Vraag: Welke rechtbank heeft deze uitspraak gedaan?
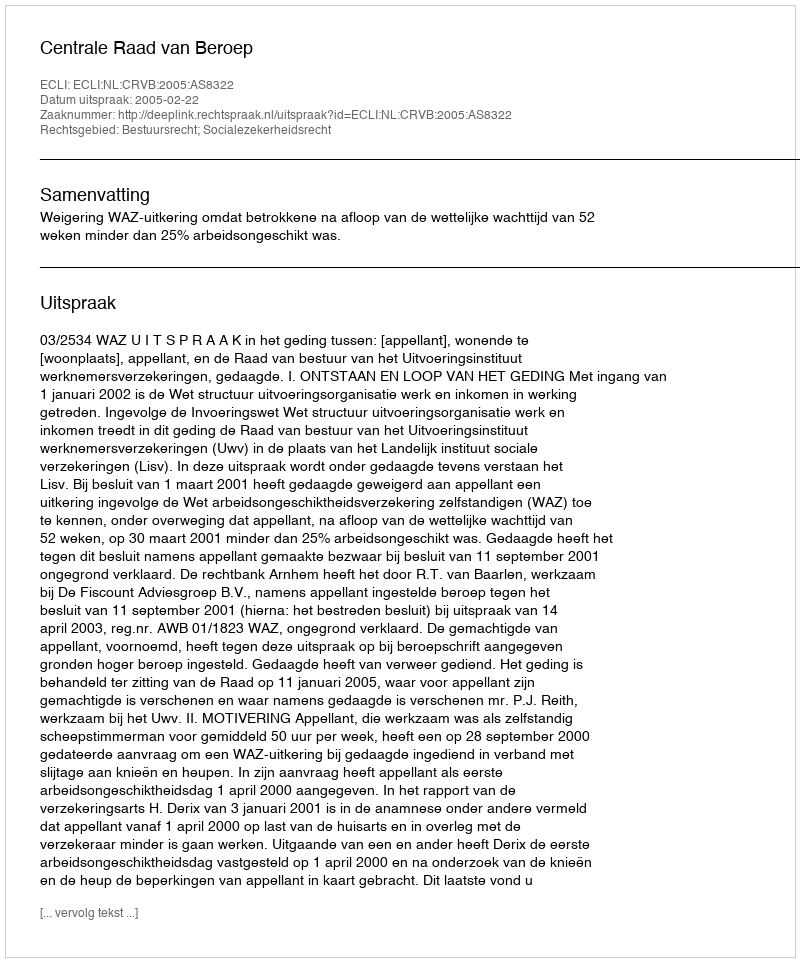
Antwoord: Centrale Raad van Beroep